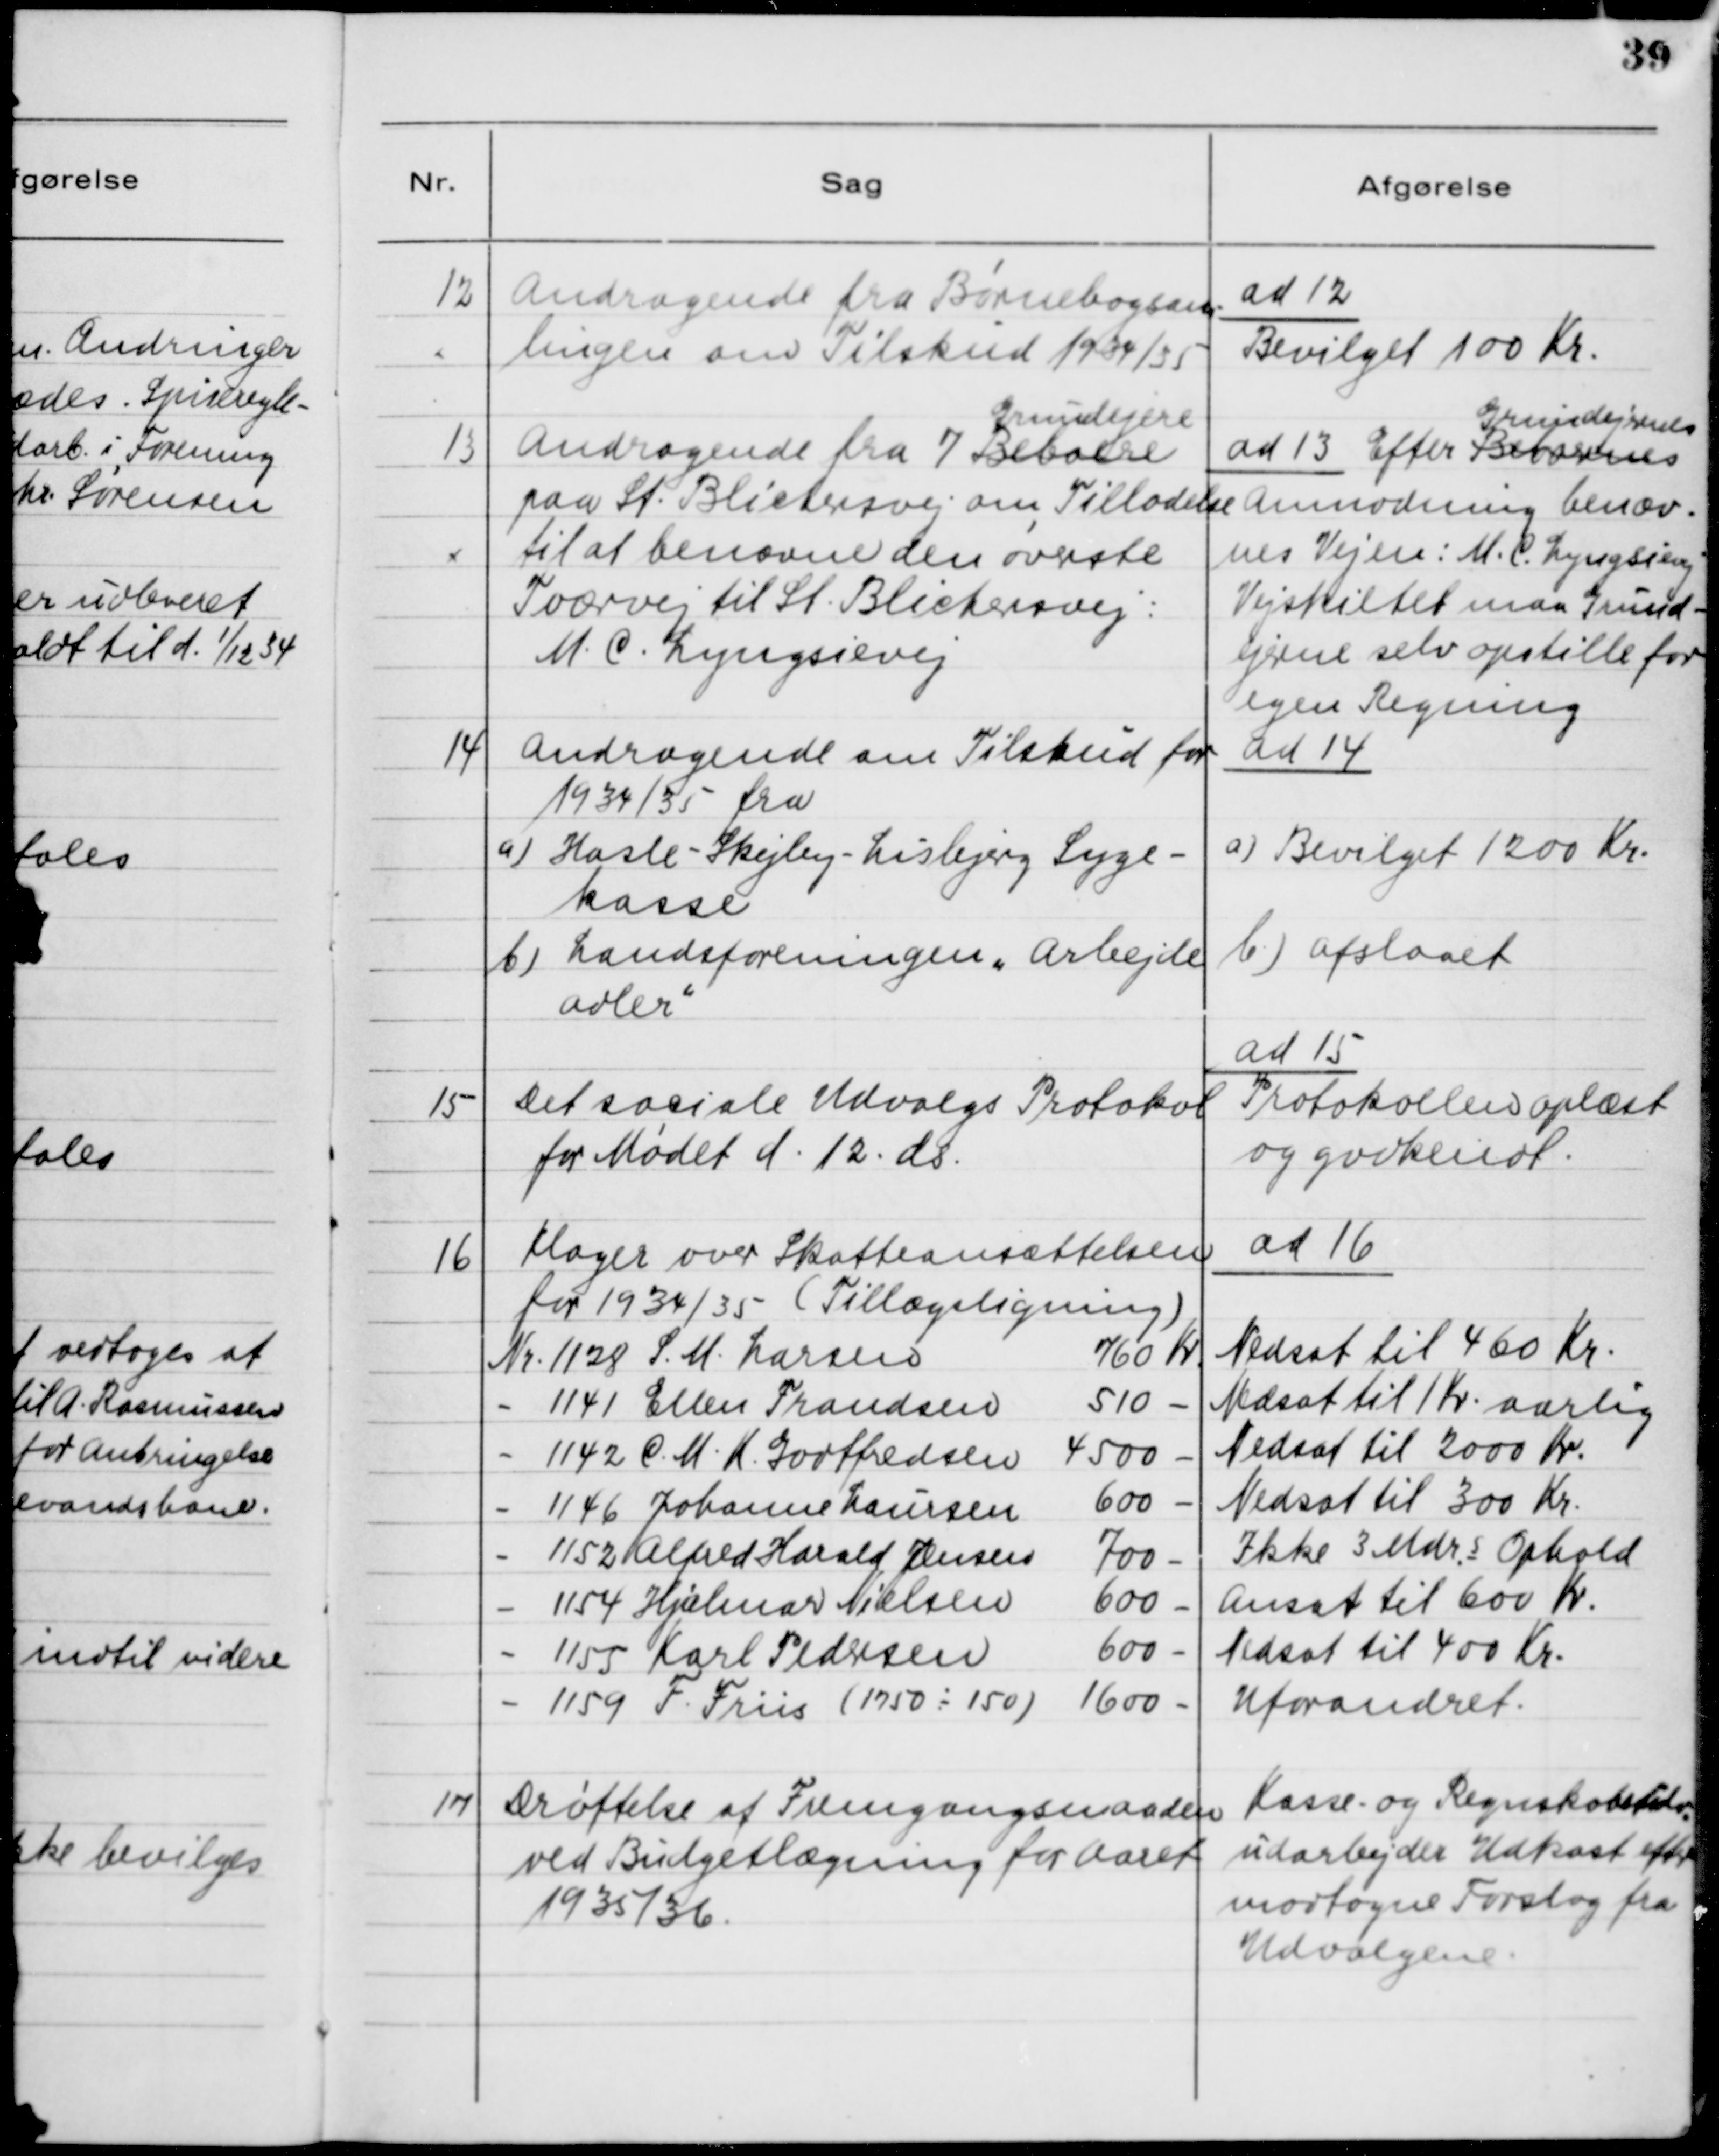
Transskription:
12

Andragende fra Børnebogsam-
lingen om Tilskud 1934/35

ad 12.
Bevilget 100 Kr.

13

Andragende fra 7 Beboere
Grundejere 
paa St. Blichersvej om Tilladelse 
til at benævne den øverste
Tværvej til St. Blichersvej:
M. C. Lyngsievej

ad 13. Efter Beboernes
Grundejernes
Anmodning benæv-
nes Vejen: M. C. Lyngsievej.
Vejskiltet maa Grund-
ejerne selv opstille for
egen Regning

14

Andragende om Tilskud for
1934/35 fra
a) Hasle - Skejby - Lisbjerg Syge-
kasse
b) Landsforeningen "Arbejde
Adler"

ad 14
a) Bevilget 1200 Kr.
b) Afslaaet

15

Det sociale Udvalgs Protokol
for Mødet d. 12 ds.

ad 15
Protokollen oplæst
og godkendt.

16

Klager over Skatteansættelsen
for 1934/35 (Tillægsligning)

ad 16

17

Drøftelse af Fremgangsmaaden
ved Budgetlægning for Aaret
1935/36.

Kasse- og Regnskabsudv.
udarbejder Udkast efter
vedtagne Forslag fra
Udvalgene.